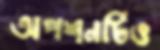
অপশনটিও